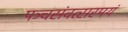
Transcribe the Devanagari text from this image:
पञ्चसंवत्सरमयं